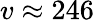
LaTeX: v\approx 246